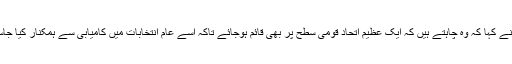
انہوں نے کہا کہ وہ چاہتے ہیں کہ ایک عظیم اتحاد قومی سطح پر بھی قائم ہوجائے تاکہ اسے عام انتخابات میں کامیابی سے ہمکنار کیا جاسکے ۔